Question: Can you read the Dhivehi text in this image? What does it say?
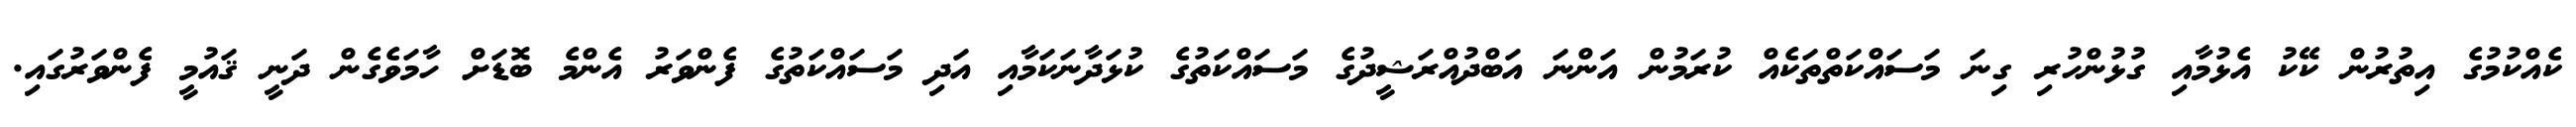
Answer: ކެއްކުމުގެ އިތުރުން ކޭކު އެޅުމާއި ގުޅުންހުރި ގިނަ މަސައްކަތްތަކެއް ކުރަމުން އަންނަ އަބްދުއްރަޝީދުގެ މަސައްކަތުގެ ކުޅަދާނަކަމާއި އަދި މަސައްކަތުގެ ފެންވަރު އެންމެ ބޮޑަށް ހާމަވެގެން ދަނީ ޤައުމީ ފެންވަރުގައި.